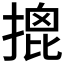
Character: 𢱧